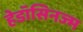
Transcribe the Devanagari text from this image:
हेडॉसिनज्म